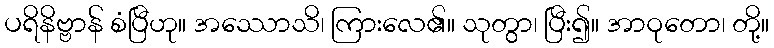
ပရိနိဗ္ဗာန် စံပြီဟု။ အဿောသိ၊ ကြားလေ၏။ သုတွာ၊ ပြီး၍။ အာဝုတော၊ တို့။